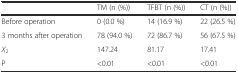
<table><thead><tr><td></td><td><b>TM (n (%))</b></td><td><b>TFBT (n (%))</b></td><td><b>CT (n (%))</b></td></tr></thead><tbody><tr><td>Before operation</td><td>0 (0.0 %)</td><td>14 (16.9 %)</td><td>22 (26.5 %)</td></tr><tr><td>3 months after operation</td><td>78 (94.0 %)</td><td>72 (86.7 %)</td><td>56 (67.5 %)</td></tr><tr><td><i>X</i><sub>2</sub></td><td>147.24</td><td>81.17</td><td>17.41</td></tr><tr><td>P</td><td>&lt;0.01</td><td>&lt;0.01</td><td>&lt;0.01</td></tr></tbody></table>